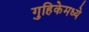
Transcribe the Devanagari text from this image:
गुहिकेमध्ये